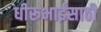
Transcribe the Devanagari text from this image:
धीरूभाईंसाठी